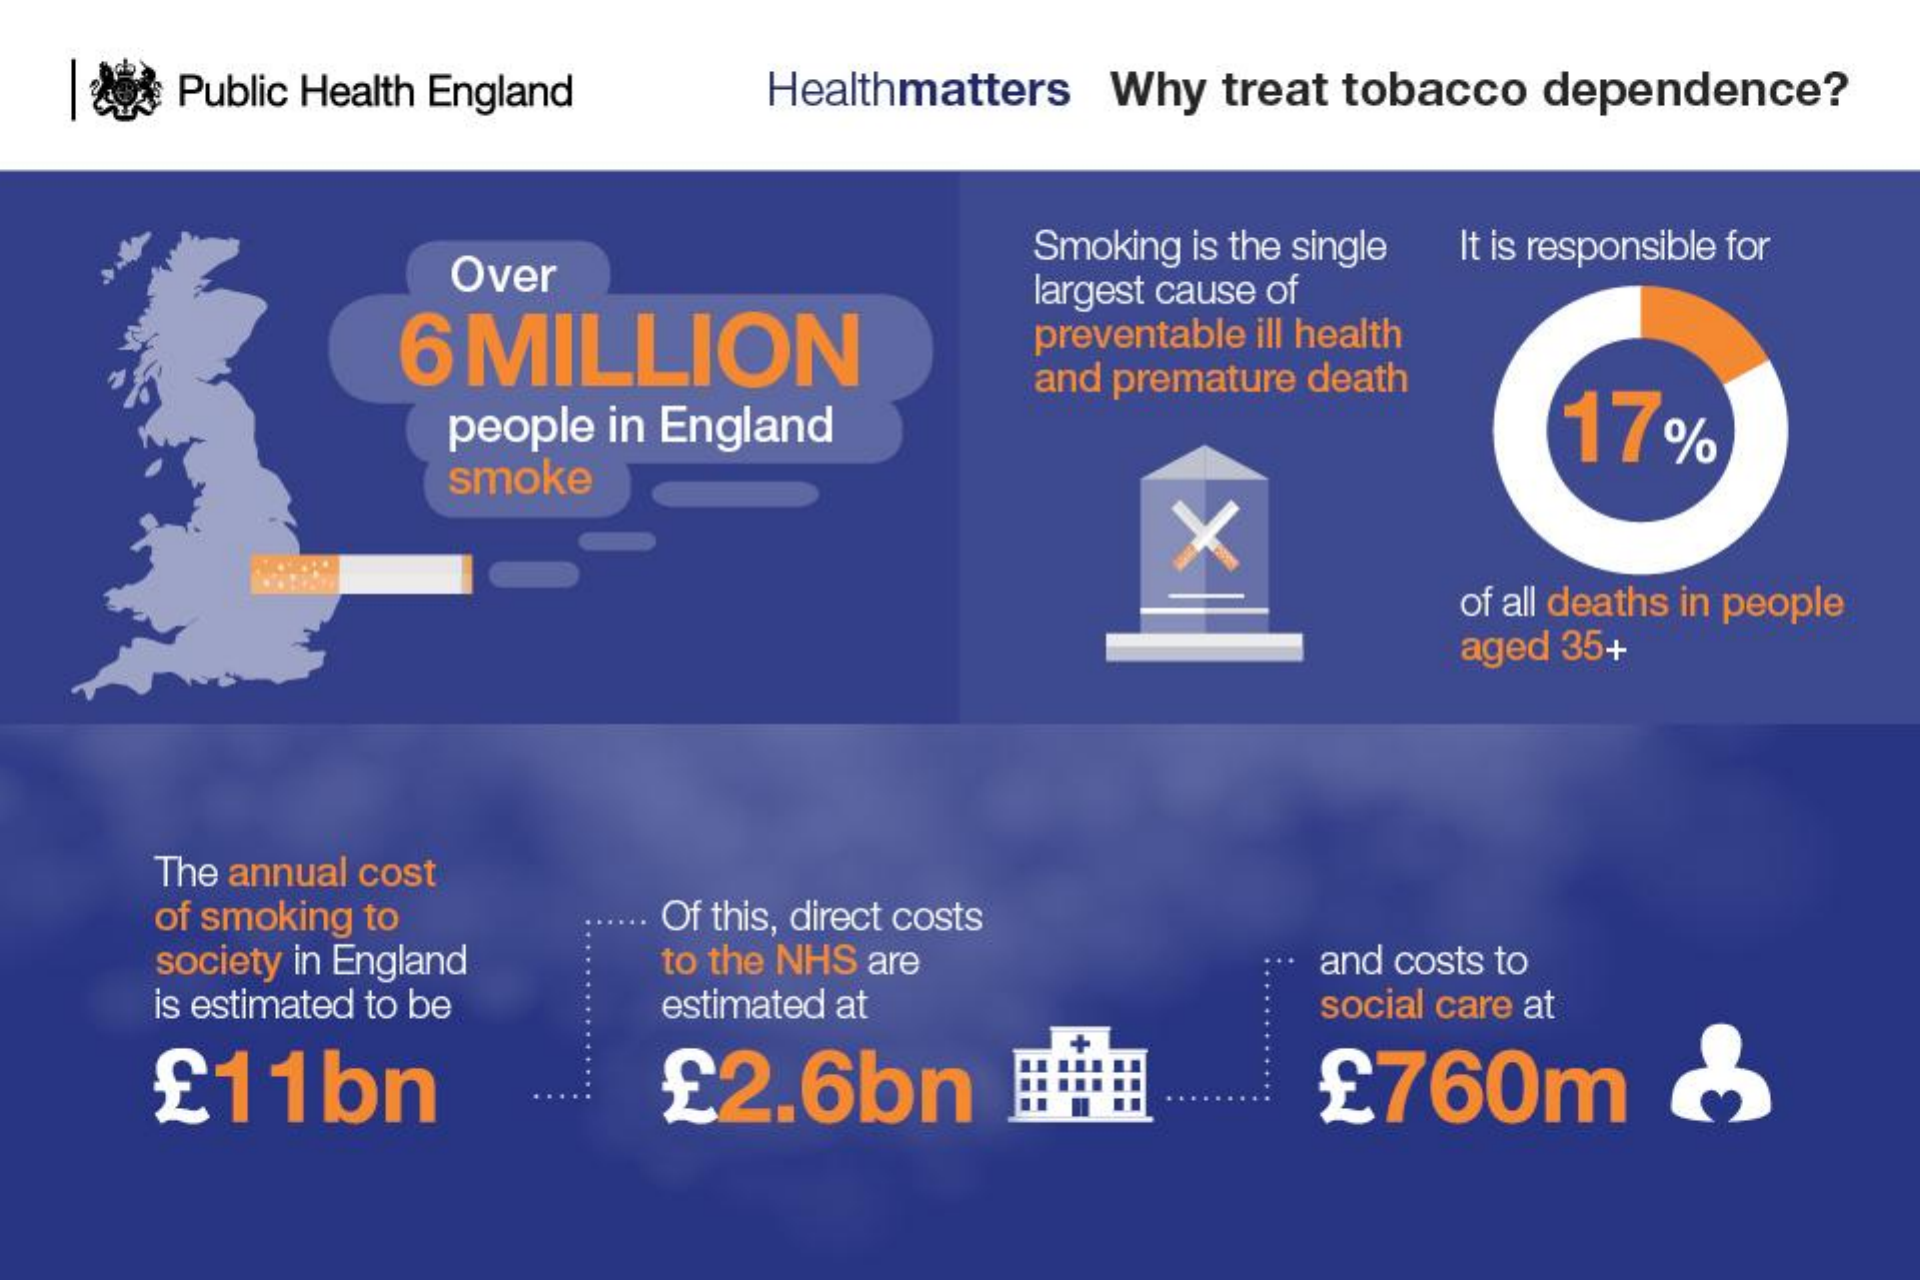
Public Health England Healthmatters Why treat tobacco dependence?
     Over
     Smoking is the single It is responsible for
     6 MILLION
     largest cause of
     preventable ill health
     and premature death
     people in England    17%
     smoke
     of all deaths in people
     aged 35+
     The annual cost
     of smoking to    Of this, direct costs
     society in England to the NHS are    and costs to
     is estimated to be estimated at    social care at
     £11bn    £2.6bn    £760m